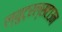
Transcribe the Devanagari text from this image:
ल्युट्रल्सटाउन